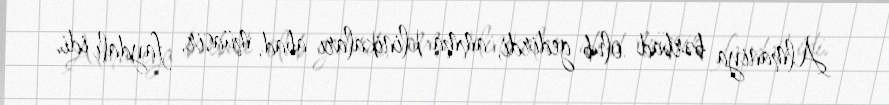
Almaniya bərbad olub gedirdi, amma klinikaları abad, müasir, faydalı idi.